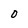
Character: O